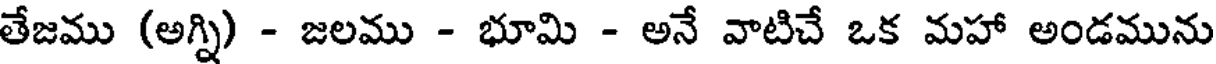
తేజము (అగ్ని) - జలము - భూమి - అనే వాటిచే ఒక మహా అండమును